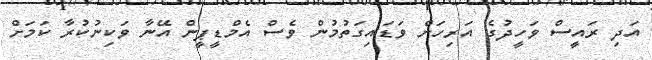
އަދި ރައީސް ވަހީދުގެ އަރިހަށް ވަޑައިގަތުމުން ވެސް އެމްޑީޕީން އޭނާ ވަކިނުކުރާ ކަމަށް